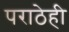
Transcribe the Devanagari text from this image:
पराठेही